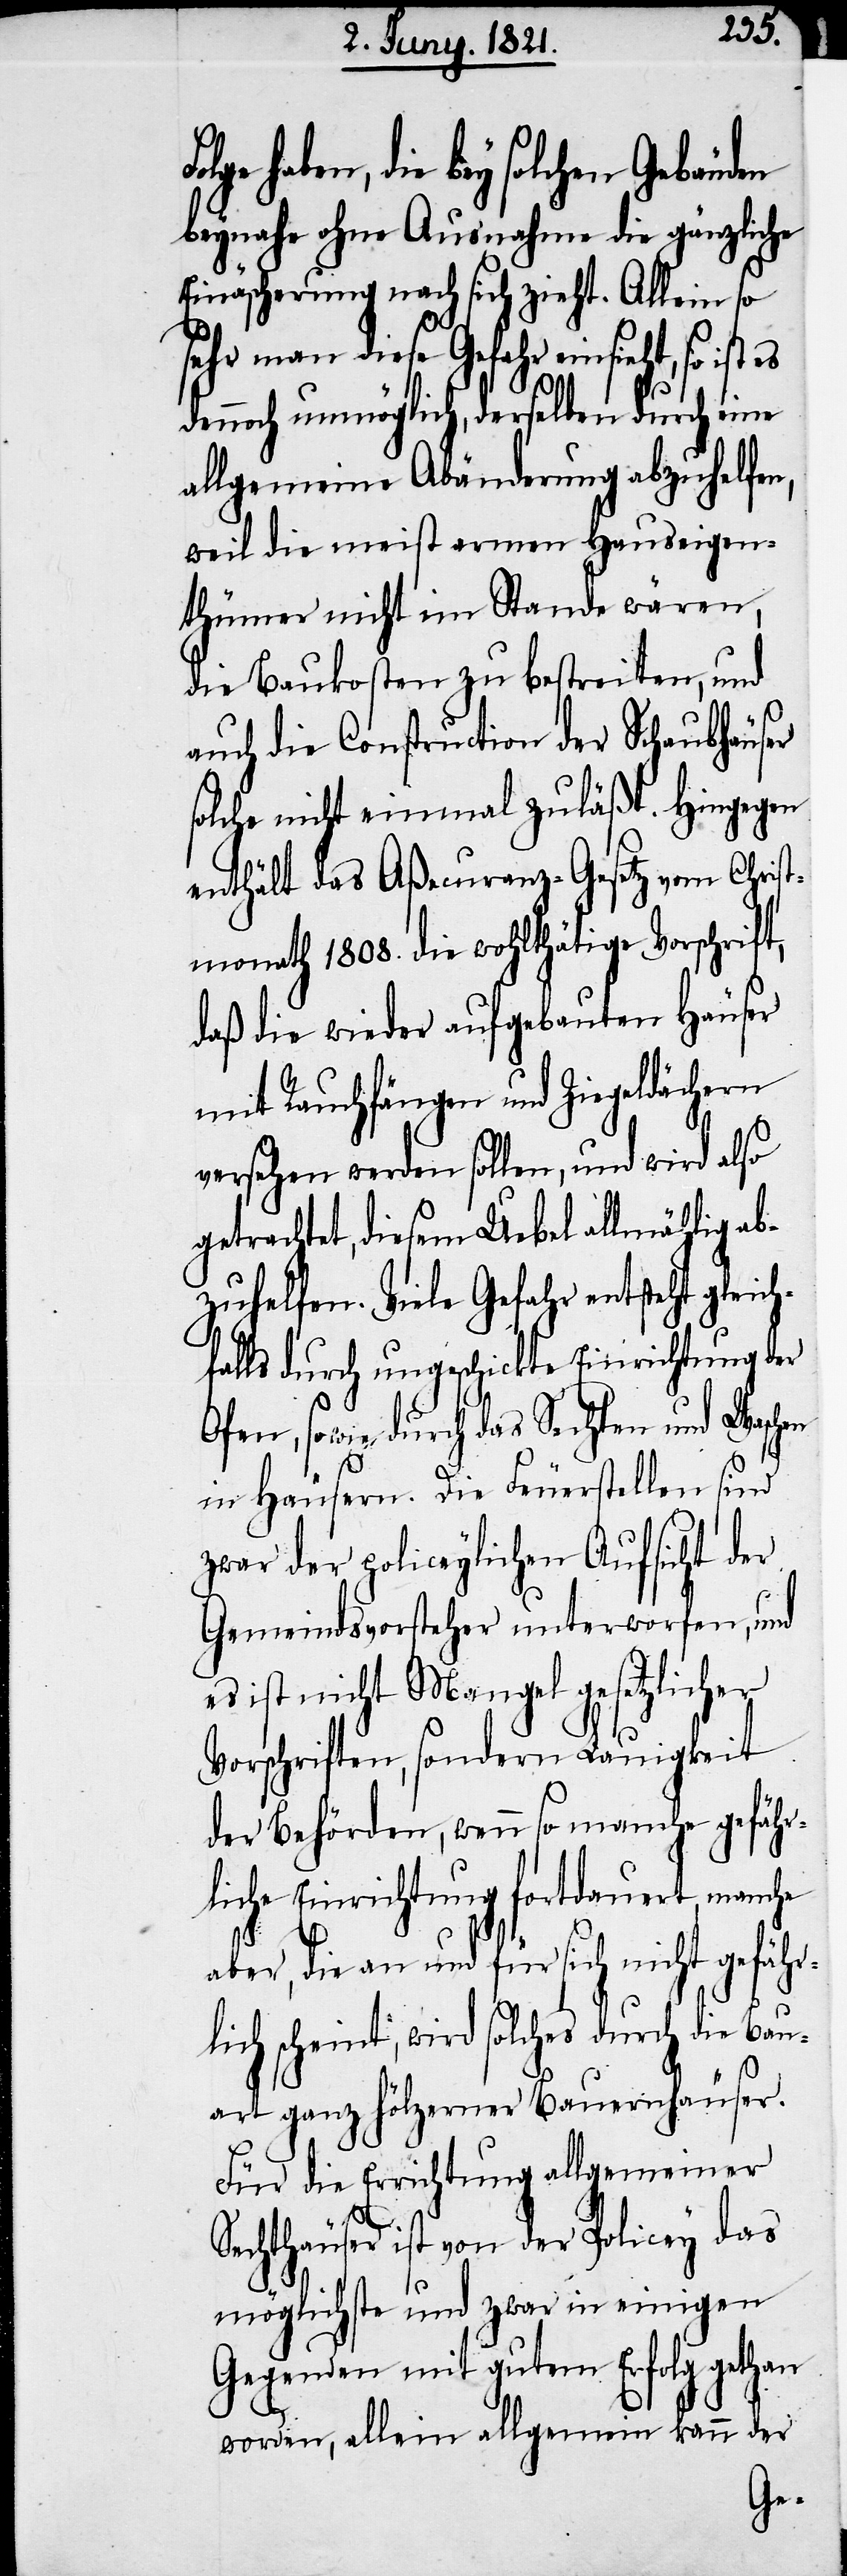
haben, die bey solchen Gebäuden
beynahe ohne Ausnahme die gänzliche
Einäscherung nach sich zieht. Allein so
sehr man diese Gefahr einsieht, so ist es
dennoch unmöglich, derselben durch eine
allgemeine Abänderung abzuhelfen,
weil die meist armen Hauseigen¬
thümer nicht im Stande wären,
die Baukosten zu bestreiten, und
auch die Construction der Schaubhäuser
solche nicht einmal zuläßt. Hingegen
enthält das Aßecuranz-Gesetz vom Chris¬
thmonath 1808. die wohlthätige Vorschrift,
daß die wieder aufgebauten Häuser
mit Rauchfängen und Ziegeldächern
versehen werden sollen, und wird also
getrachtet, diesem Uebel allmählich a¬
bzuhelfen. Viele Gefahr entsteht gleich¬
falls durch ungeschickte Einrichtung der
Ofen, sowie durch das Sechten und Waschen
in Häusern. Die Feuerstellen sind
zwar der policeylichen Aufsicht der
Gemeindsvorsteher unterworfen, und
es ist nicht Mangel gesetzlicher
Vorschriften, sondern Lauigkeit
der Behörden, wenn so manche gefährl¬
iche Einrichtung fortdauert,
aber, die an und für sich nicht gefähr¬
lich scheint, wird solches durch die Bau¬
art ganz hölzerner Bauernhäuser.
Für die Errichtung allgemeiner
Sechthäuser ist von der Policey das
möglichste und zwar in
Gegenden mit gutem Erfolg gethan
worden; allein allgemein kann der